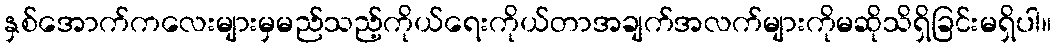
နှစ်အောက်ကလေးများမှမည်သည့်ကိုယ်ရေးကိုယ်တာအချက်အလက်များကိုမဆိုသိရှိခြင်းမရှိပါ။